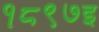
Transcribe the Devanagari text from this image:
१८९७इ